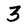
Character: 3